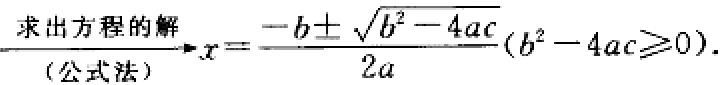
求出方程的解（公式法）\(x = \frac{-b \pm \sqrt{b^{2}-4ac}}{2a} (b^{2}-4ac \geq 0)\)